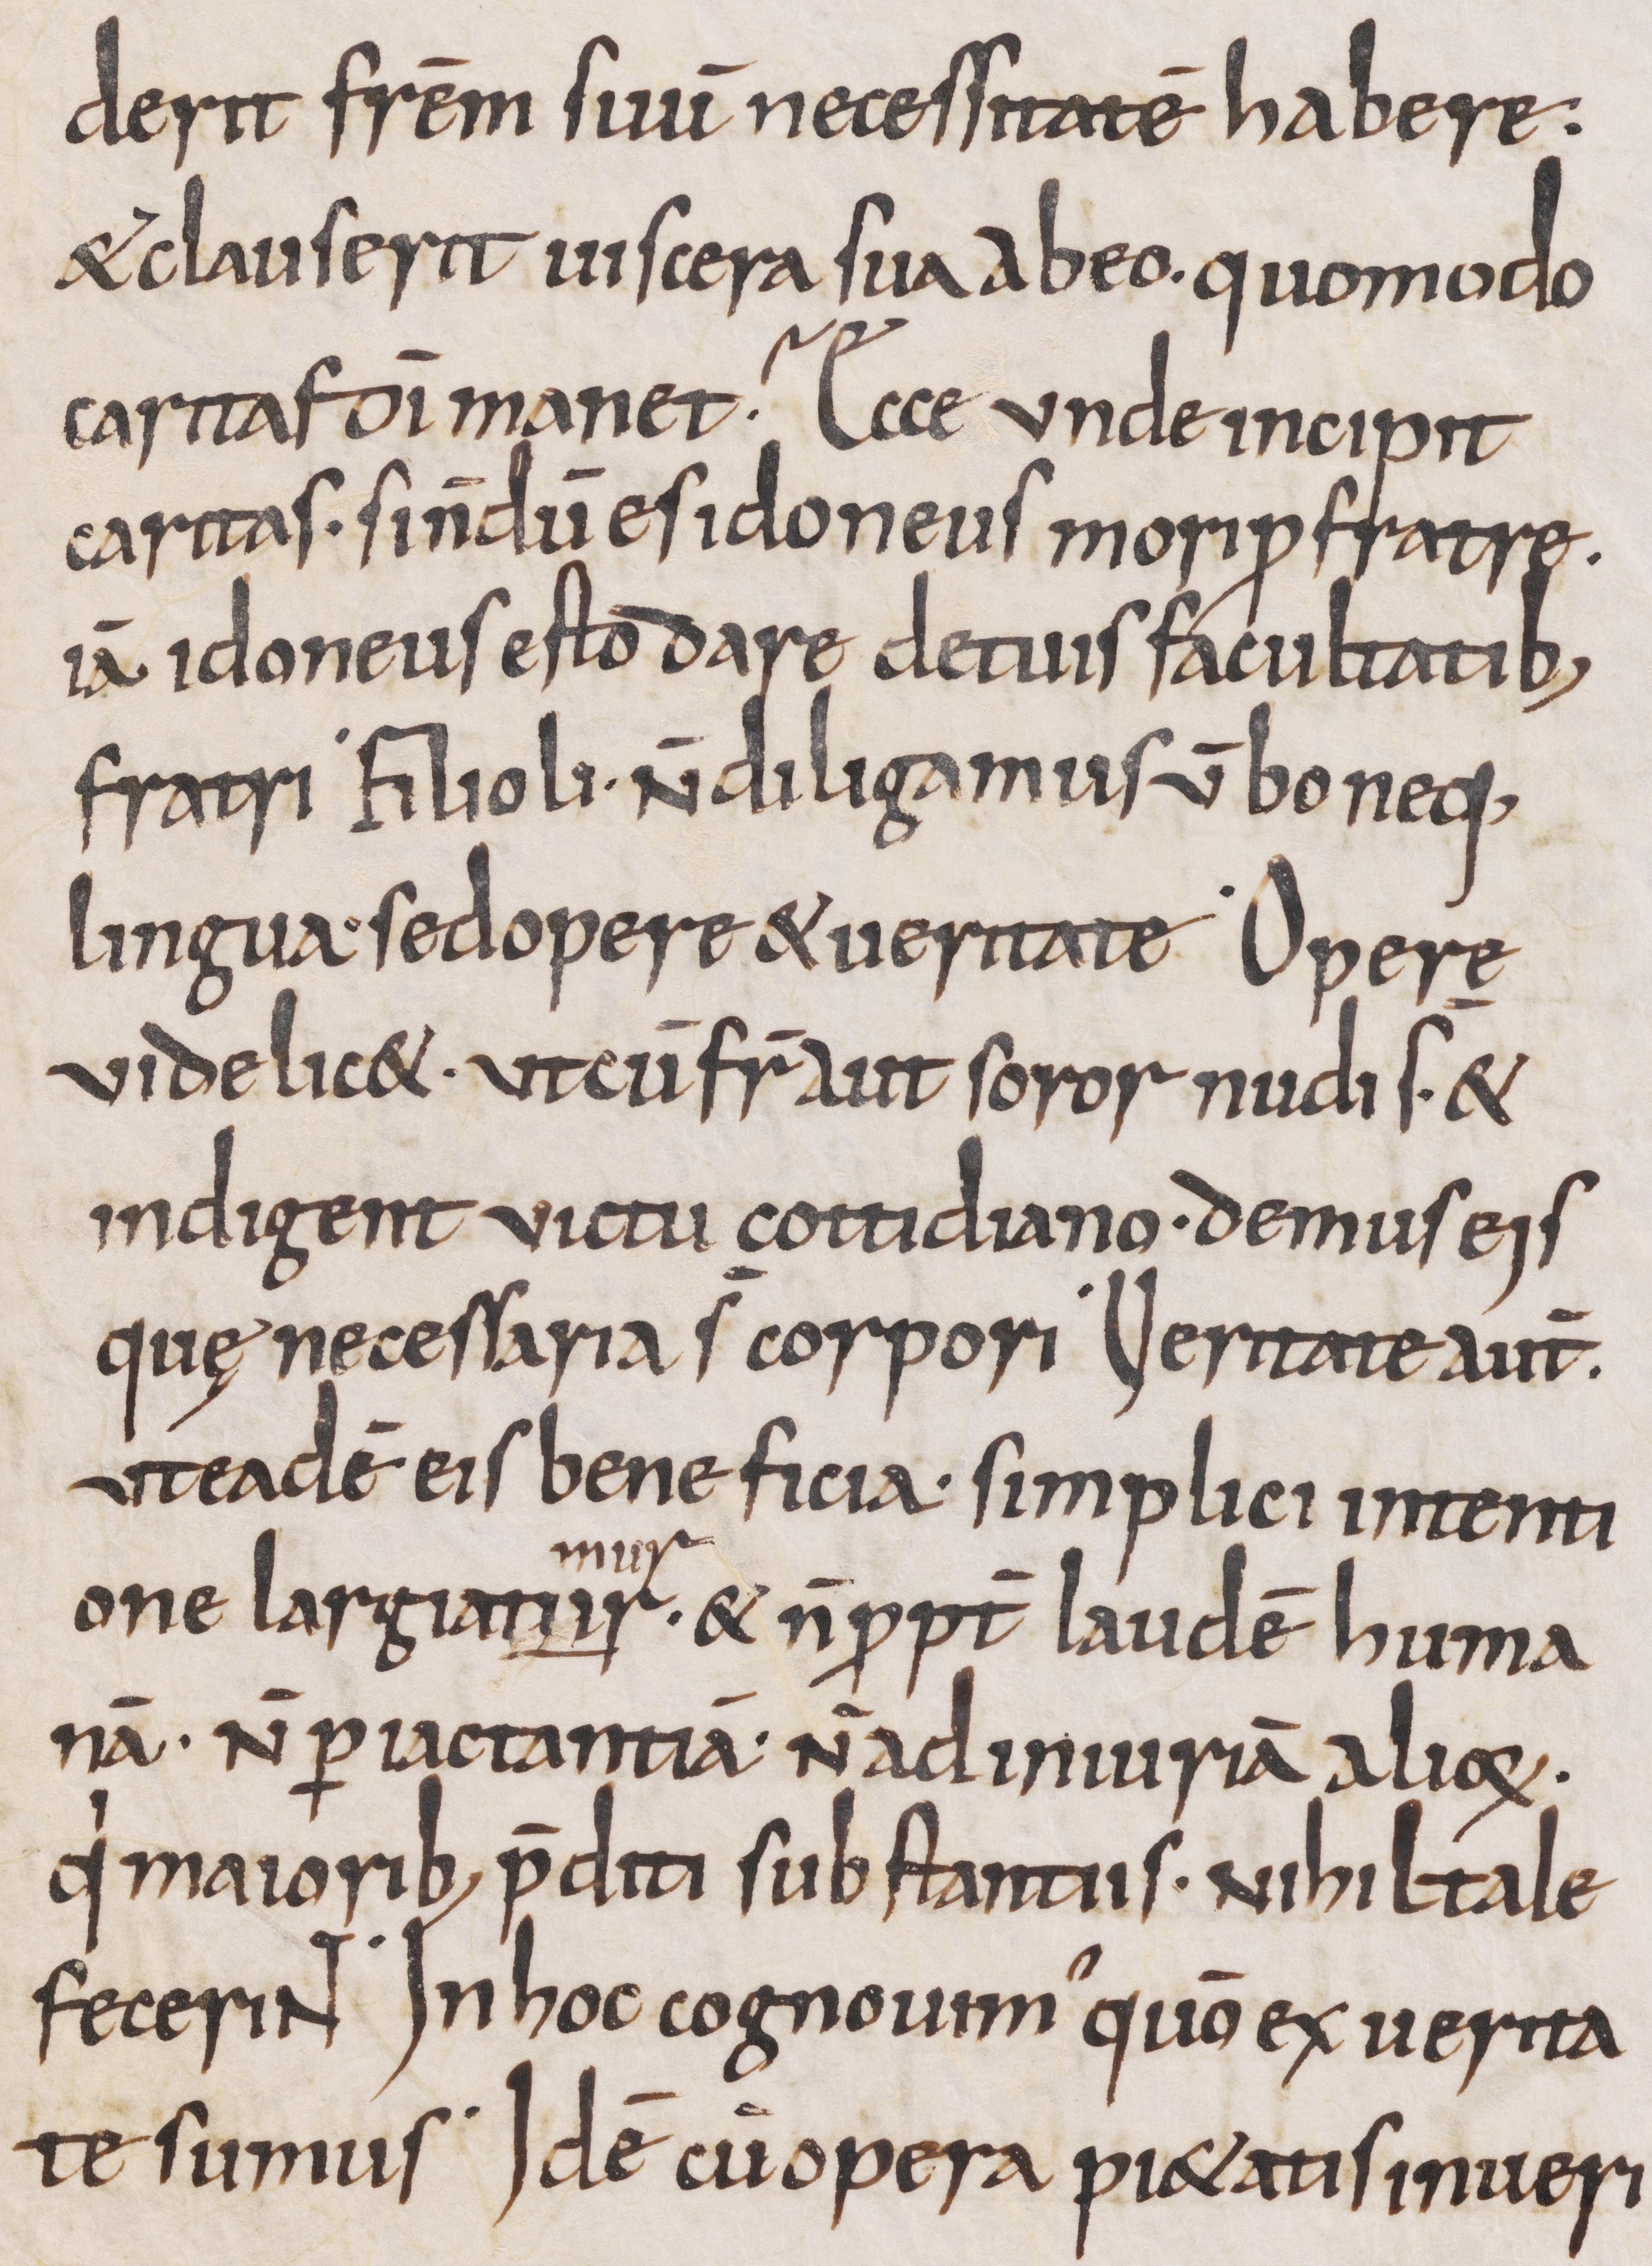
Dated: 800–999